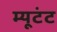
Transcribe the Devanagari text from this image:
म्यूटंट